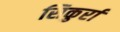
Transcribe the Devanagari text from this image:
सिकुर्रा